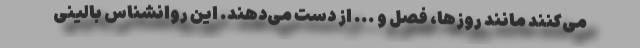
می‌کنند مانند روزها، فصل و ... از دست می‌دهند. این روانشناس بالینی